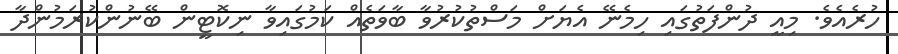
ހުރެއެވެ. މިއީ ދުންފަތުގައި ހިމެނޭ އެޔަށް މަސްތުކުރުވާ ބާވަތެއް ކަމުގައިވާ ނިކޮޓީން ބޭނުންކުރަމުންދާ